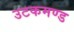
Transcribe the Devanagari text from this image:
उटकमण्ड